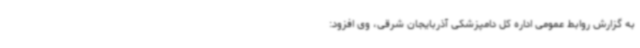
به گزارش روابط عمومی اداره کل دامپزشکی آذربایجان شرقی، وی افزود: